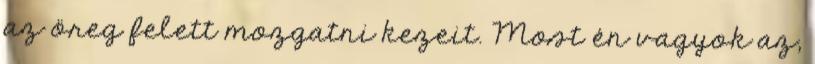
az öreg felett mozgatni kezeit. Most én vagyok az,